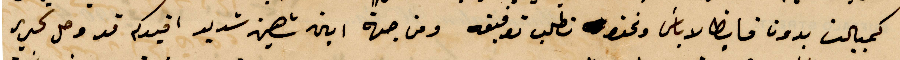
كمبيالت بدون فايظ لا بأس ونحن نطلب توقيعه ومن جهة ابن شهين شديد افيدكم قد وصل تحرير